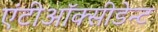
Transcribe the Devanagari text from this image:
एंटीऑक्सीडेन्ट